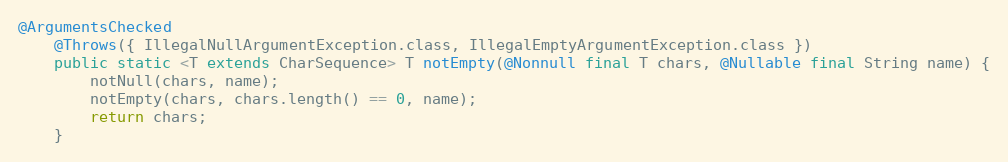
Language: Java
@ArgumentsChecked
	@Throws({ IllegalNullArgumentException.class, IllegalEmptyArgumentException.class })
	public static <T extends CharSequence> T notEmpty(@Nonnull final T chars, @Nullable final String name) {
		notNull(chars, name);
		notEmpty(chars, chars.length() == 0, name);
		return chars;
	}